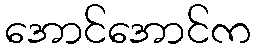
အောင်အောင်က